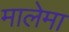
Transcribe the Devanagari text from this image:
मालेमा